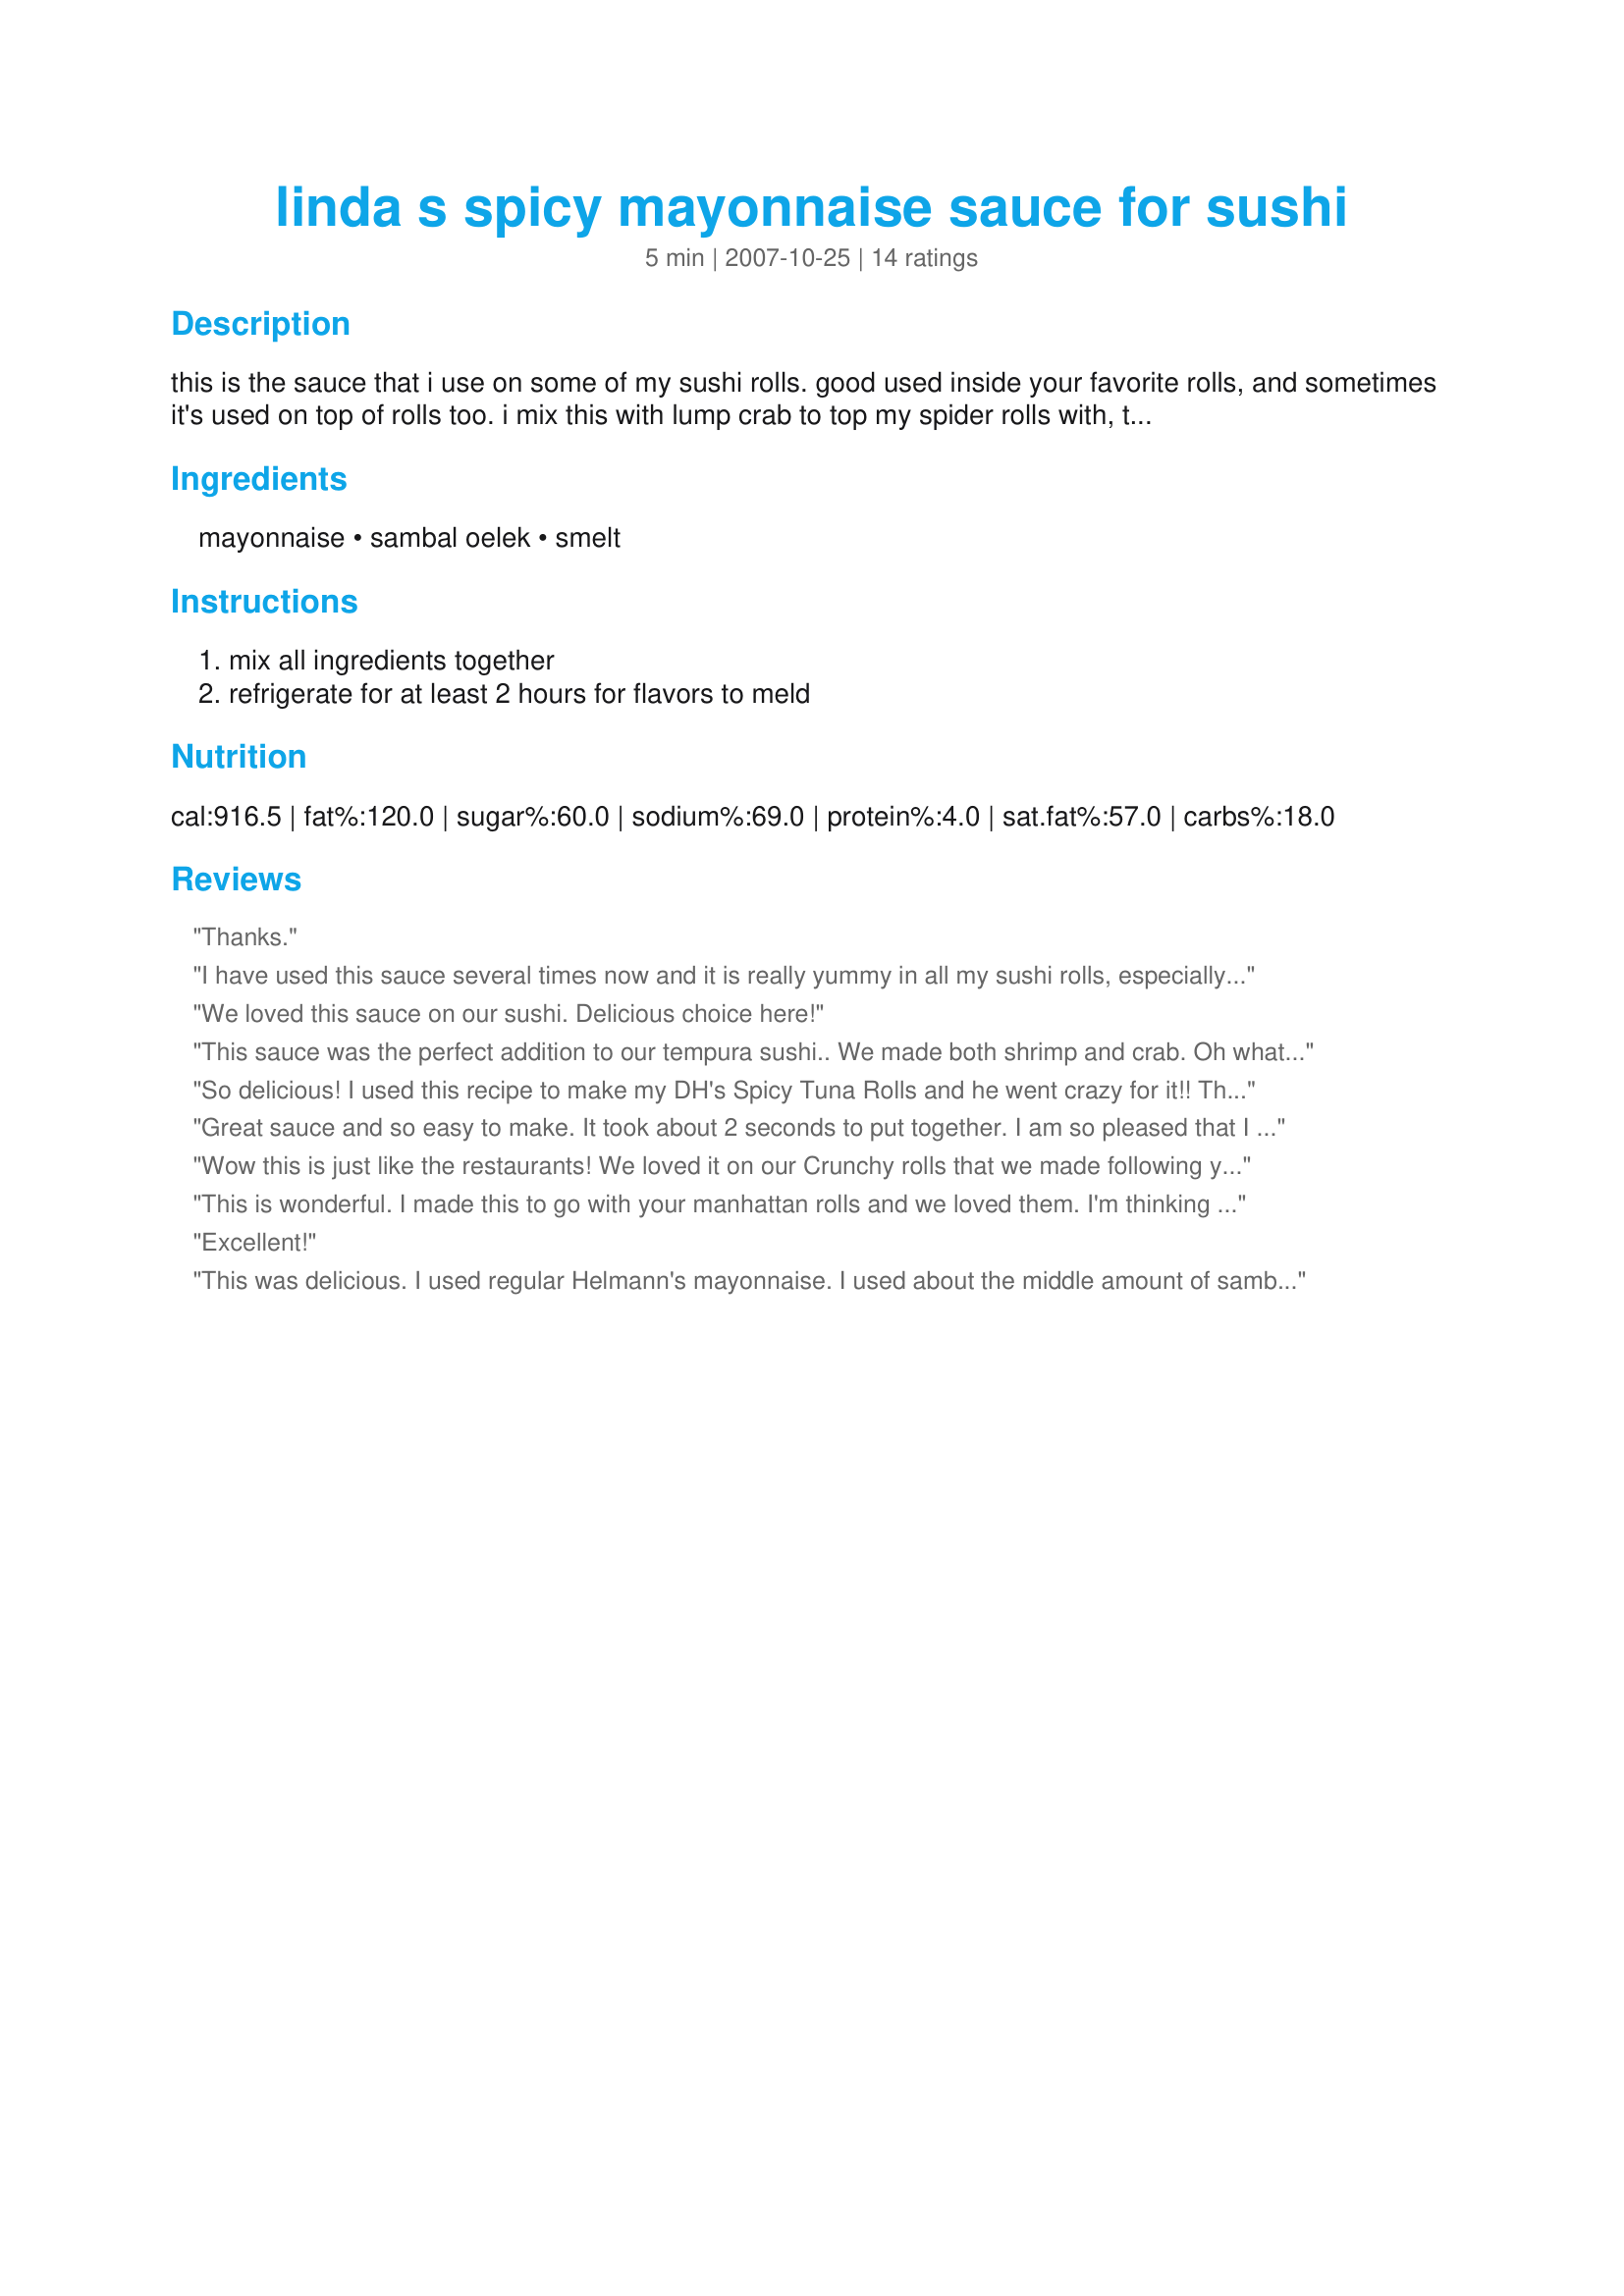
linda s spicy mayonnaise sauce for sushi
Preparation time: 5 minutes

this is the sauce that i use on some of my sushi rolls. good used inside your favorite rolls, and sometimes it's used on top of rolls too. i mix this with lump crab to top my spider rolls with, to make a manhattan roll. they are yummy, and so is this sauce! time does not include 2 hr. refrigeration time. this sauce will last for quite awhile in the fridge.

Ingredients:
mayonnaise, sambal oelek, smelt

Steps:
mix all ingredients together, refrigerate for at least 2 hours for flavors to meld

Reviews:
Thanks.
I have used this sauce several times now and it is really yummy in all my sushi rolls, especially when using fish. I absolutely love it in the tempura recipes. Great addition to any of your sushi rolls! It's got a little kick with 2 T. of sambal oelek, so if you like it milder just use 1 T. Do it according to your taste, adding as you go, so you get it the way you like it. Excellent recipe! Thanks for sharing it with us Linda!
We loved this sauce on our sushi. Delicious choice here!
This sauce was the perfect addition to our tempura sushi.. We made both shrimp and crab. Oh what a treat!
So delicious! I used this recipe to make my DH's Spicy Tuna Rolls and he went crazy for it!! The sauce added just the right amount of pizzaz into the roll and DH said they were heavenly! I used 1 T. of the sambal as I didn't want to make it too spicy the first time around. DH said it was great as is, though I may add more next time and see how they are with it a little spicier and try one myself.
Great sauce and so easy to make. It took about 2 seconds to put together. I am so pleased that I can now make my own sushi at home as it is so expensive to go out to eat all the time when you feel like having it. Linda's tutorial for "How To Make Sushi" was an excellent guide to making my own sushi, and along with her guide "Types Of Sushi" and the recipe for Sushi Rice I found on here, I am very excited!
Wow this is just like the restaurants! We loved it on our Crunchy rolls that we made following your guide to making sushi. We plan to make this sauce whenever we have sushi from now on!
This is wonderful. I made this to go with your manhattan rolls and we loved them. I'm thinking this would go great on a sub sandwich too. Thank you so much for sharing this with us.
Excellent!
This was delicious. I used regular Helmann's mayonnaise. I used about the middle amount of sambal oelek and it was pretty spicy. It brought tears to my eyes as I was stirring it up! We then mixed some of it with imitation "crab" to make spicy Krab rolls using your Recipe #261193. I put the remainder of the sauce in a ziplock baggy and snipped the corner off, to squirt the sauce out and garnish the rolls. It tasted very much like the spicy Krab we get when we go out for sushi. This is a keeper.
I love your recipes for making sushi, and the kinds to make. This sauce was just what I was looking for when I made my first batch. Delicious, and just like in the restaurant!
Wish I could put "10" stars. Excellent spicy sauce for any type of food. Just has enough bit to be spicy but not enough to over power the food. Wonderful addition to my cookbook. Thanks for sharing.
We loved this stuff. I made sushi for the first time the other day. I began my adventure with a simple and cheaper california roll. I put this on some and not on others. I was definitly better with this sauce. Also, I love spicy food but the sambal really has a kick. I only used 1T and had to add more mayo to tone it down. I didn't mind as the japanese mayo says it will only last about a month. Gotta find more uses for it or just have more sushi. Either way I win ~ Thank you!
My friend and I decided to try our hand at making sushi and we decided to try this sauce to put inside our rolls. It was EXCELLENT to say it lightly! Just enough heat from the Sambal and just enough mayonnaise to counteract the hot. Of course you can use regular mayonnaise instead of the Japanese, but we decided to use the Japanese to get the full feel of a total Japanese experience just like the restaurants! We used Linda's tutorial, Types of Sushi Rolls. to guide us with the types of sushi we wanted to make, then used Linda's tutorial, How to Make and Roll Sushi, to show us how to do it. Great sauce that we both think we will find many uses for including sandwiches! We enjoyed it TOTALLY!
